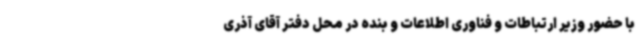
با حضور وزیر ارتباطات و فناوری اطلاعات و بنده در محل دفتر آقای آذری